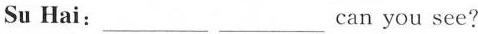
Su Hai:___ ___ can you see?